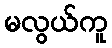
မလွယ်ကူ